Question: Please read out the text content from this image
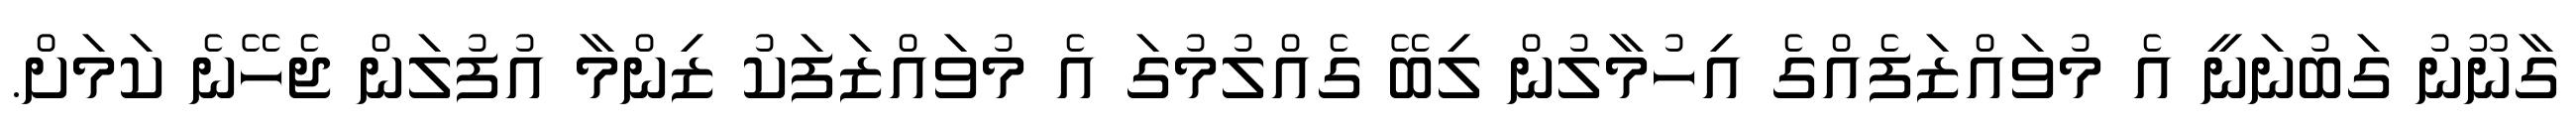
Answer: ގާނޫނު ގަބުނަނީ އެ މުވައްޒަފެއްގެ އިހުމާލުން ލިބޭ ގެއްލުމުގަ އެ މުވައްޒަފަކު ޒިންމާ އުފުލަން ޖެހޭނެ ކަމަށް.